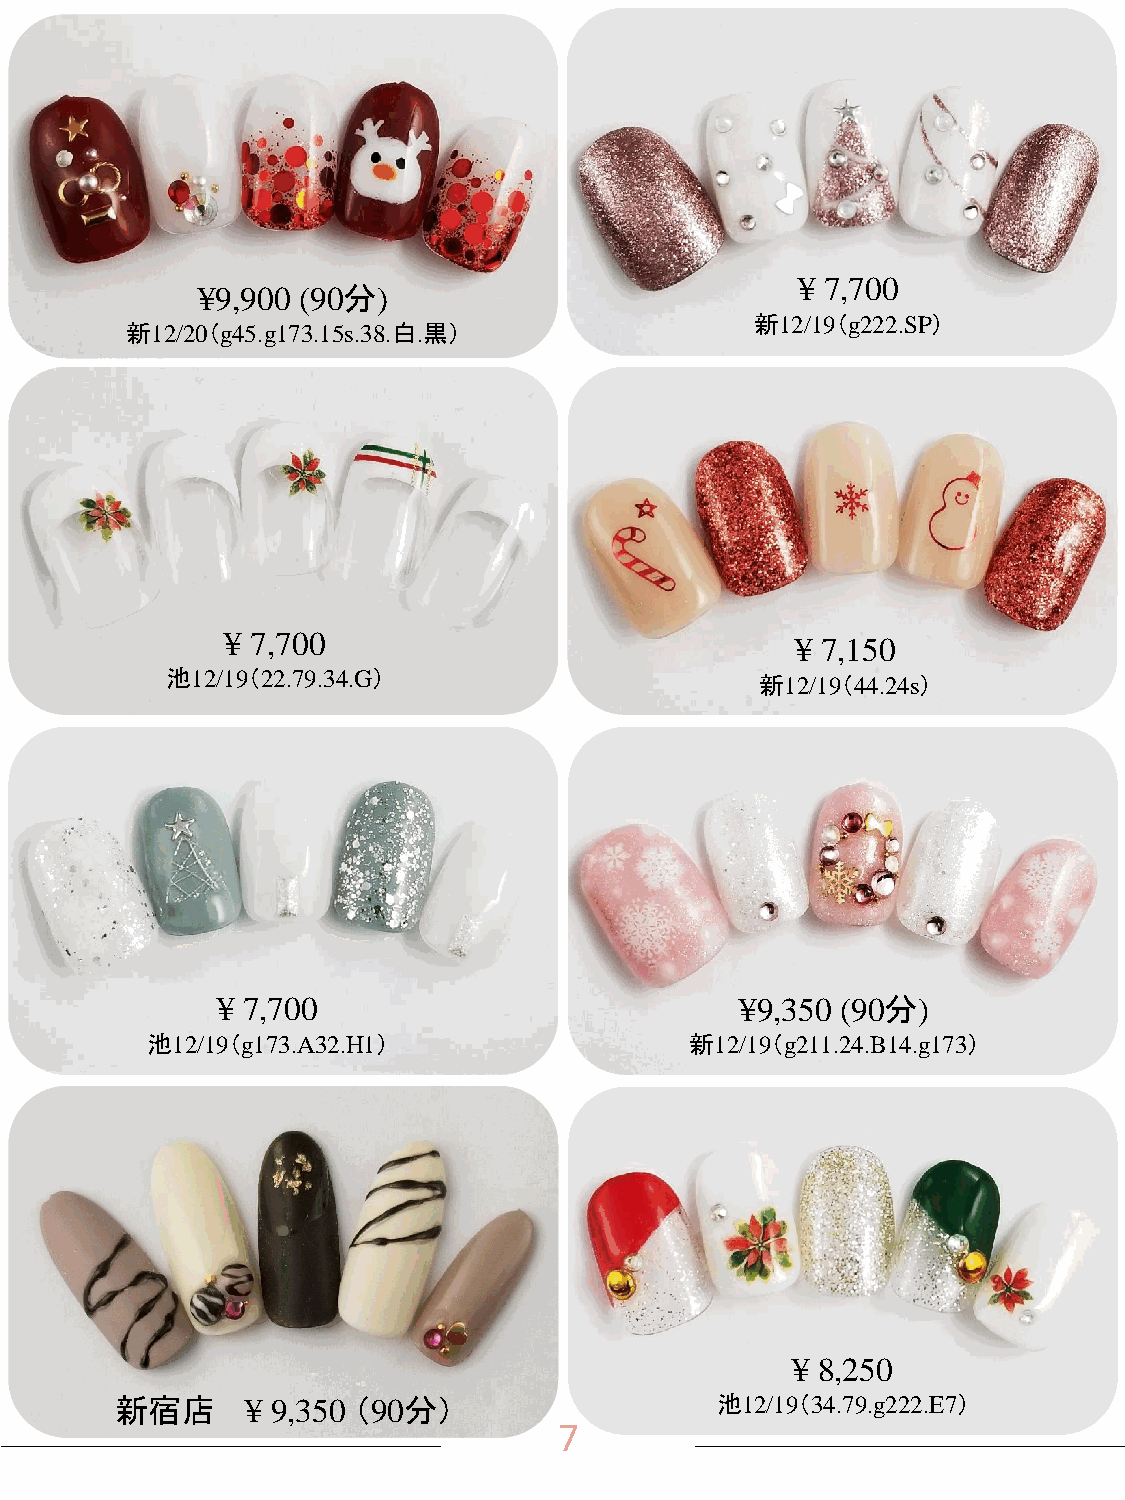
¥ 7,700
 ¥9,900 (90分)
 新12/19（g222.SP）
 新12/20（g45.g173.15s.38.白.黒）
 ¥ 7,700
 ¥ 7,150
 池12/19（22.79.34.G）
 新12/19（44.24s）
 ¥ 7,700                            ¥9,350 (90分)
 池12/19（g173.A32.H1）                 新12/19（g211.24.B14.g173）
 ¥ 8,250
 新宿店     ¥ 9,350 （90分）                  池12/19（34.79.g222.E7）
 7